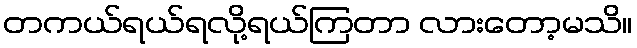
တကယ်ရယ်ရလို့ရယ်ကြတာ လားတော့မသိ။